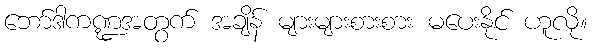
ဘော်ဒါကဏ္ဍအတွက် အချိန် များများစားစား မပေးနိုင် ဟူလို။